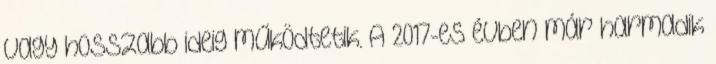
vagy hosszabb ideig működtetik. A 2017-es évben már harmadik